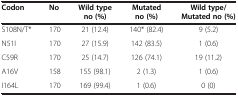
| Codon | No | Wild type no (%) | Mutated no (%) | Wild type/ Mutated no (%) |
 | --- | --- | --- | --- | --- |
 | S108N/T* | 170 | 21 (12.4) | 140* (82.4) | 9 (5.2) |
 | N51I | 170 | 27 (15.9) | 142 (83.5) | 1 (0.6) |
 | C59R | 170 | 25 (14.7) | 126 (74.1) | 19 (11.2) |
 | A16V | 158 | 155 (98.1) | 2 (1.3) | 1 (0.6) |
 | I164L | 170 | 169 (99.4) | 1 (0.6) | 0 (0) |